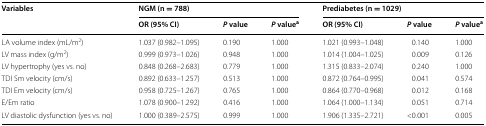
<table><thead><tr><td rowspan="2"><b>Variables</b></td><td colspan="3"><b>NGM (n = 788)</b></td><td colspan="3"><b>Prediabetes (n = 1029)</b></td></tr><tr><td><b>OR (95% CI)</b></td><td><b><i>P</i> value</b></td><td><b><i>P</i> value<sup>a</sup></b></td><td><b>OR (95% CI)</b></td><td><b><i>P</i> value</b></td><td><b><i>P</i> value<sup>a</sup></b></td></tr></thead><tbody><tr><td>LA volume index (mL/m<sup>2</sup>)</td><td>1.037 (0.982–1.095)</td><td>0.190</td><td>1.000</td><td>1.021 (0.993–1.048)</td><td>0.140</td><td>1.000</td></tr><tr><td>LV mass index (g/m<sup>2</sup>)</td><td>0.999 (0.973–1.026)</td><td>0.948</td><td>1.000</td><td>1.014 (1.004–1.025)</td><td>0.009</td><td>0.126</td></tr><tr><td>LV hypertrophy (yes vs. no)</td><td>0.848 (0.268–2.683)</td><td>0.779</td><td>1.000</td><td>1.315 (0.833–2.074)</td><td>0.240</td><td>1.000</td></tr><tr><td>TDI Sm velocity (cm/s)</td><td>0.892 (0.633–1.257)</td><td>0.513</td><td>1.000</td><td>0.872 (0.764–0.995)</td><td>0.041</td><td>0.574</td></tr><tr><td>TDI Em velocity (cm/s)</td><td>0.958 (0.725–1.267)</td><td>0.765</td><td>1.000</td><td>0.864 (0.770–0.968)</td><td>0.012</td><td>0.168</td></tr><tr><td>E/Em ratio</td><td>1.078 (0.900–1.292)</td><td>0.416</td><td>1.000</td><td>1.064 (1.000–1.134)</td><td>0.051</td><td>0.714</td></tr><tr><td>LV diastolic dysfunction (yes vs. no)</td><td>1.000 (0.389–2.575)</td><td>0.999</td><td>1.000</td><td>1.906 (1.335–2.721)</td><td>&lt;0.001</td><td>0.005</td></tr></tbody></table>